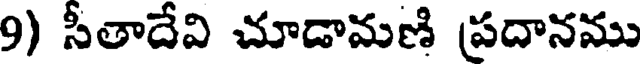
9) సీతాదేవి చూడామణి ప్రదానము